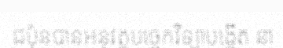
ជប៉ុនបានអនុវត្តបច្ចេកវិទ្យាបង្កើត នា